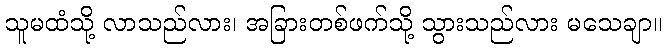
သူမထံသို့ လာသည်လား၊ အခြားတစ်ဖက်သို့ သွားသည်လား မသေချာ။